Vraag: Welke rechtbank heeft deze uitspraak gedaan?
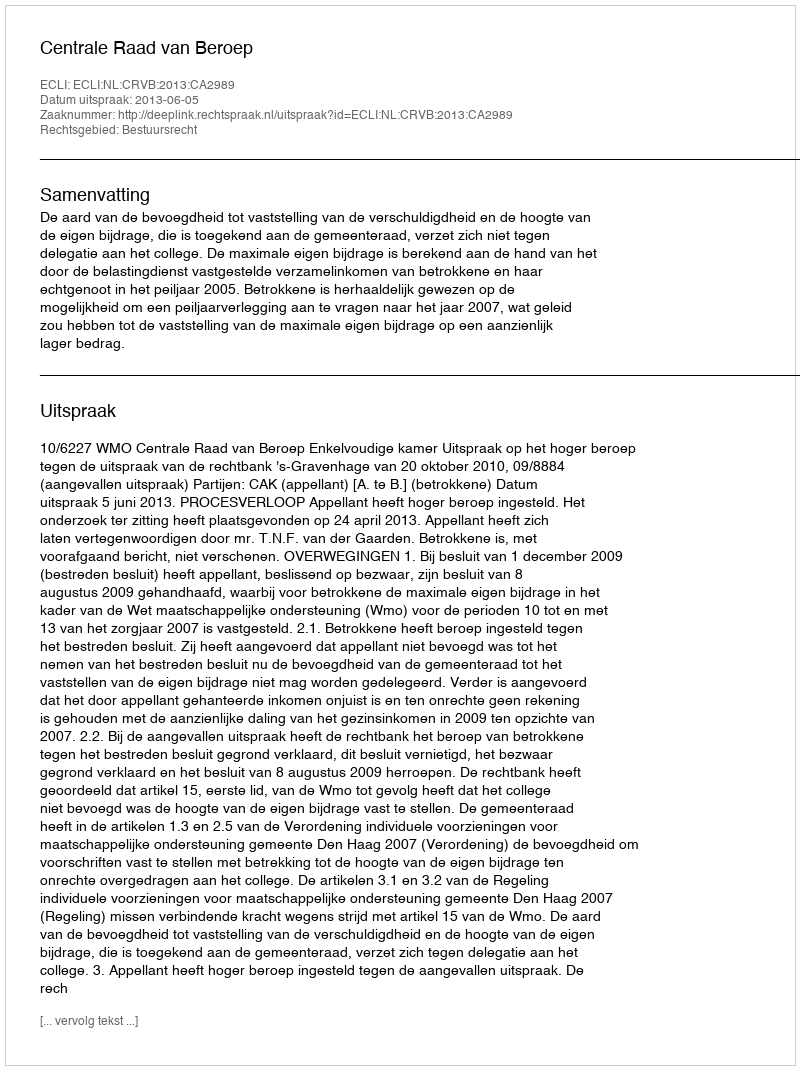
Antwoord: Centrale Raad van Beroep